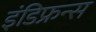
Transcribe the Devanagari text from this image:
इंडिफ्रन्स